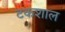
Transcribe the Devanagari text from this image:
टकशाल